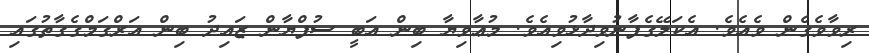
ރިވާވެގެން ވެއެވެ. އެކަލޭގެފާނުވިދާޅުވިއެވެ. މުޢާވިޔާ ބިން އަބީ ސުފްޔާން ޒައިދު ބިން އަރްގަމްގެގާތުގައި